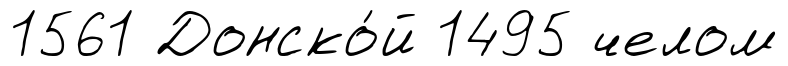
1561 Донско́й 1495 челом